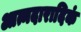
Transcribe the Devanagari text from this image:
आत्मदारादिकं